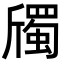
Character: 斶